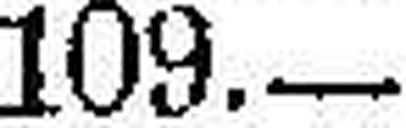
109.—